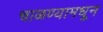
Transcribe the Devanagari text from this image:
चाळण्यामधून